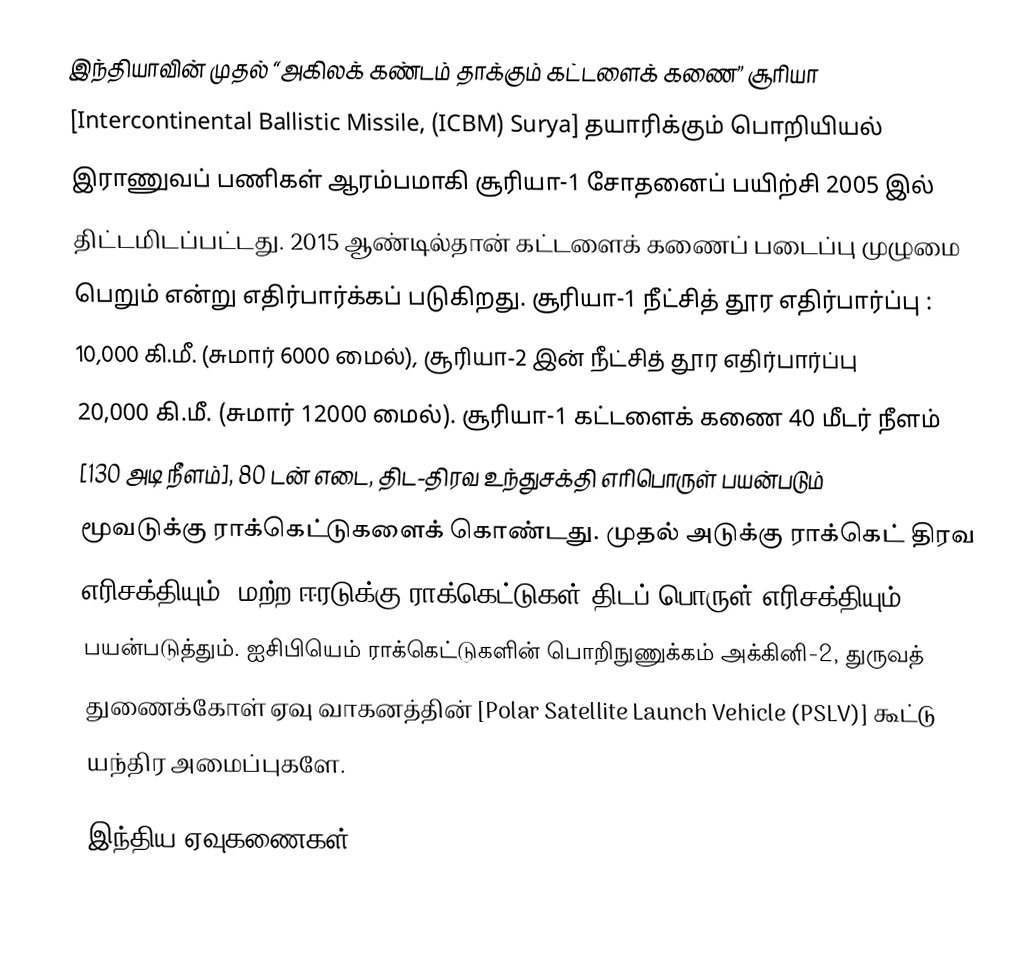
இந்தியாவின் முதல் “அகிலக் கண்டம் தாக்கும் கட்டளைக் கணை” சூரியா
[Intercontinental Ballistic Missile, (ICBM) Surya] தயாரிக்கும் பொறியியல்
இராணுவப் பணிகள் ஆரம்பமாகி சூரியா-1 சோதனைப் பயிற்சி 2005 இல்
திட்டமிடப்பட்டது.   2015 ஆண்டில்தான் கட்டளைக் கணைப் படைப்பு முழுமை
பெறும் என்று எதிர்பார்க்கப் படுகிறது.  சூரியா-1 நீட்சித் தூர எதிர்பார்ப்பு :
10,000 கி.மீ. (சுமார் 6000 மைல்), சூரியா-2 இன் நீட்சித் தூர எதிர்பார்ப்பு
20,000 கி.மீ. (சுமார் 12000 மைல்).  சூரியா-1 கட்டளைக் கணை 40 மீடர் நீளம்
[130 அடி நீளம்], 80 டன் எடை, திட-திரவ உந்துசக்தி எரிபொருள் பயன்படும்
மூவடுக்கு ராக்கெட்டுகளைக் கொண்டது.  முதல் அடுக்கு ராக்கெட் திரவ
எரிசக்தியும், மற்ற ஈரடுக்கு ராக்கெட்டுகள் திடப் பொருள் எரிசக்தியும்
பயன்படுத்தும்.   ஐசிபியெம் ராக்கெட்டுகளின் பொறிநுணுக்கம் அக்கினி-2,  துருவத்
துணைக்கோள் ஏவு வாகனத்தின் [Polar Satellite Launch Vehicle (PSLV)] கூட்டு
யந்திர அமைப்புகளே.

 இந்திய ஏவுகணைகள்